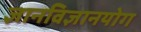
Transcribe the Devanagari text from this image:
ज्ञानविज्ञानयोग